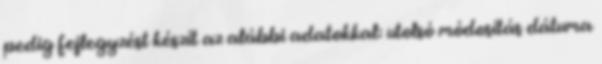
pedig fejlegyzést készít az alábbi adatokkal: utolsó módosítás dátuma